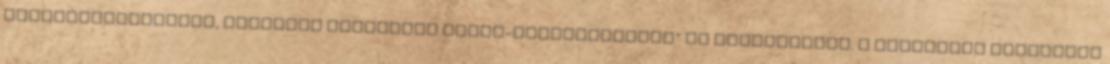
főtanácsadójaként, hamarost „selfmade média-köz­sze­replővé” is avanzsáltam. A közvetítő jóbarátja